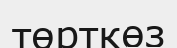
төрткөз